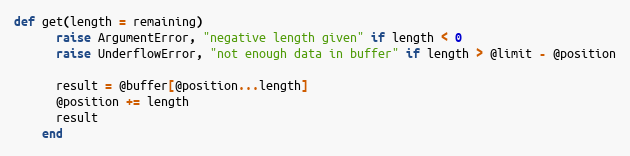
Language: Ruby
def get(length = remaining)
      raise ArgumentError, "negative length given" if length < 0
      raise UnderflowError, "not enough data in buffer" if length > @limit - @position

      result = @buffer[@position...length]
      @position += length
      result
    end